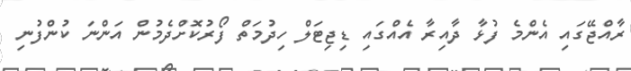
ރާއްޖޭގައި އެންމެ ފުޅާ ދާއިރާ އެއްގައި ޑިޖިޓަލް ހިދުމަތް ފޯރުކޮށްދެމުން އަންނަ ކުންފުނި